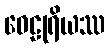
ဝေဠုရိယဿ